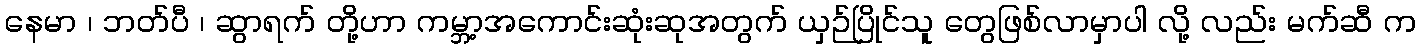
နေမာ ၊ ဘတ်ပီ ၊ ဆွာရက် တို့ဟာ ကမ္ဘာ့အကောင်းဆုံးဆုအတွက် ယှဉ်ပြိုင်သူ တွေဖြစ်လာမှာပါ လို့ လည်း မက်ဆီ က